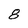
Character: 8